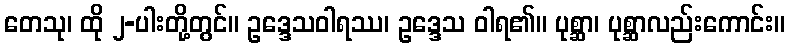
တေသု၊ ထို ၂-ပါးတို့တွင်။ ဥဒ္ဒေသဝါရဿ၊ ဥဒ္ဒေသ ဝါရ၏။ ပုစ္ဆာ၊ ပုစ္ဆာလည်းကောင်း။